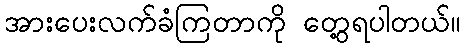
အားပေးလက်ခံကြတာကို တွေ့ရပါတယ်။